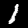
Label: 1